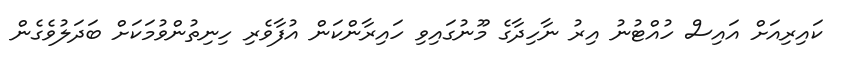
ކައިރިއަށް އައިސް ހުއްޓުނު އިރު ނާހިދާގެ މޫނުގައިވި ހައިރާންކަން އުފާވެރި ހިނިތުންވުމަކަށް ބަދަލުވެގެން